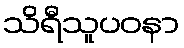
သိရီသူပဝနာ